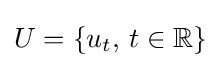
U=\{u_{t},\,t\in \mathbb {R} \}